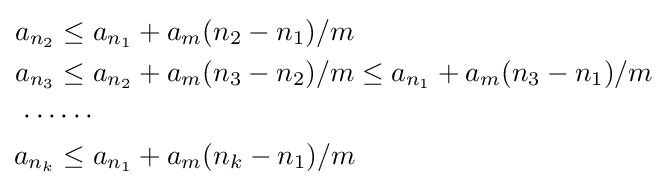
{\textstyle {\begin{aligned}a_{n_{2}}&\leq a_{n_{1}}+a_{m}(n_{2}-n_{1})/m\\a_{n_{3}}&\leq a_{n_{2}}+a_{m}(n_{3}-n_{2})/m\leq a_{n_{1}}+a_{m}(n_{3}-n_{1})/m\\\cdots &\cdots \\a_{n_{k}}&\leq a_{n_{1}}+a_{m}(n_{k}-n_{1})/m\end{aligned}}}